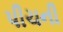
પીચની